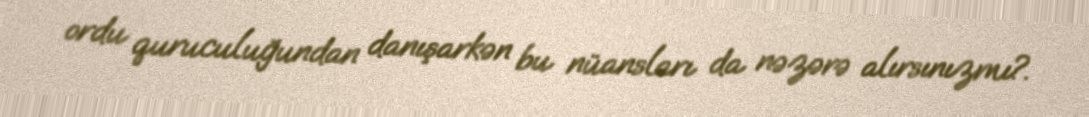
ordu quruculuğundan danışarkən bu nüansları da nəzərə alırsınızmı?.